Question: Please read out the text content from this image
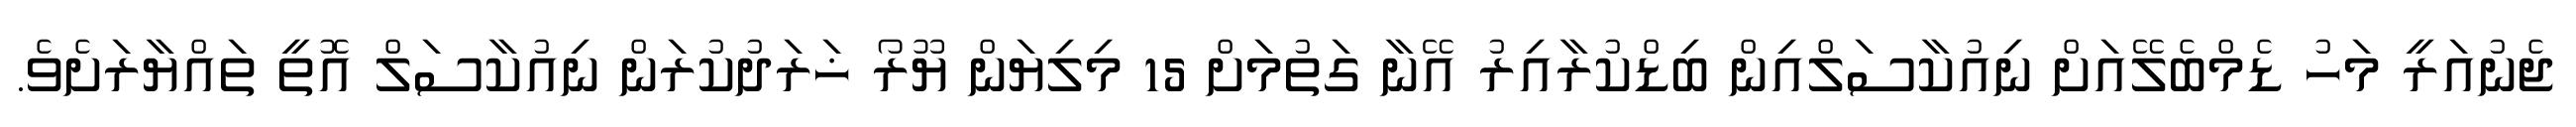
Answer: ޖެނުއަރީ މަހު ޑެމްބެލޭއަށް ނިއުކާސަލްއިން ބިޑްކުރާއިރު އޭނާ ގަތުމަށް 15 މިލިޔަން ޔޫރޯ ޚަރަދުކުރަން ނިއުކާސަލް އޮތީ ތައްޔާރަށެވެ.